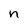
Character: n